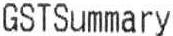
GSTSUMMARY